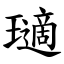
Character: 瓋